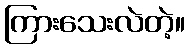
ကြားသေးလဲတဲ့။